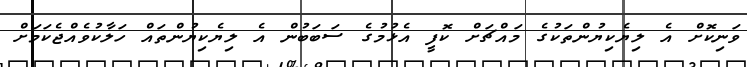
ވަނިކޮށް އެ ލިޔެކިޔުންތަކުގެ މައްޗަށް ކޮފީ އެޅުމުގެ ސަބަބުން އެ ލިޔެކިޔުންތައް ހަލާކުވެއްޖެކަމަށް